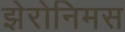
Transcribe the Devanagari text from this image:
झेरोनिमस